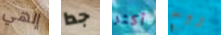
إلهي جدا أكثر روح